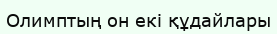
Олимптың он екі құдайлары